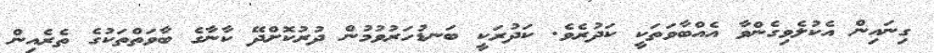
ގިނައިން އެކުލެވިގެންވާ އެއްބާވަތަކީ ކަދުރެވެ. ކަދުރަކީ ބަނޑުހަރުވުމުން ދުރުކޮށްދޭ ކާނާގެ ބާވަތްތަކުގެ ތެރެއިން